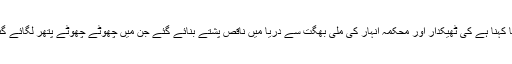
گاوں کو بچانے کے لیے دریا میں پشتے (ناکو)بنائے جائیں اہل گاوں کا کہنا ہے کی ٹھیکدار اور محکمہ انہار کی ملی بھگت سے دریا میں ناقص پشتے بنائے گئے جن میں چھوٹے چھوٹے پتھر لگائے گئے جو دریا کی موجوں کا سامنا نہ کر سکے دریا ان کو بہا کر لے گیا۔